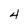
Character: 4